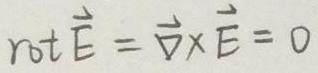
$\mathrm{rot} \vec{E} = \vec{\nabla} \times \vec{E} = 0$